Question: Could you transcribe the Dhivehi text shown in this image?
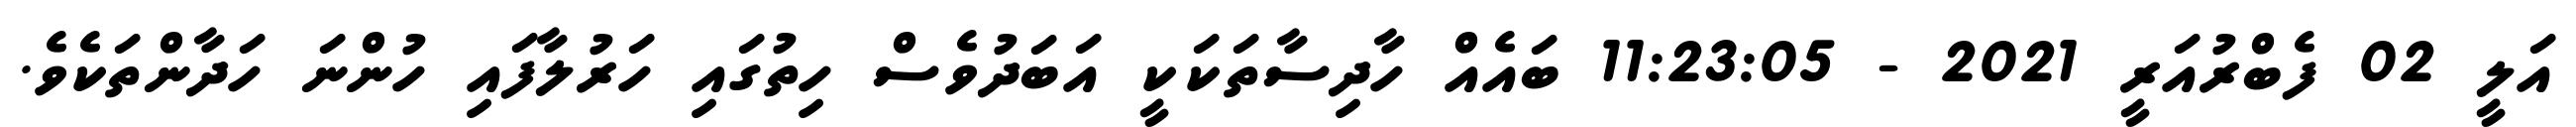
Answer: އަލީ 02 ފެބްރުއަރީ 2021 - 11:23:05 ބައެއް ހާދިސާތަކަކީ އަބަދުވެސް ހިތުގައި ހަރުލާފައި ހުންނަ ހަދާންތަކެވެ.